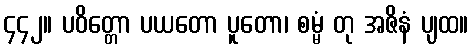
၄၄၂။ ပဝိတ္တော ပယတော ပူတော၊ စမ္မံ တု အဇိနံ ပျထ။